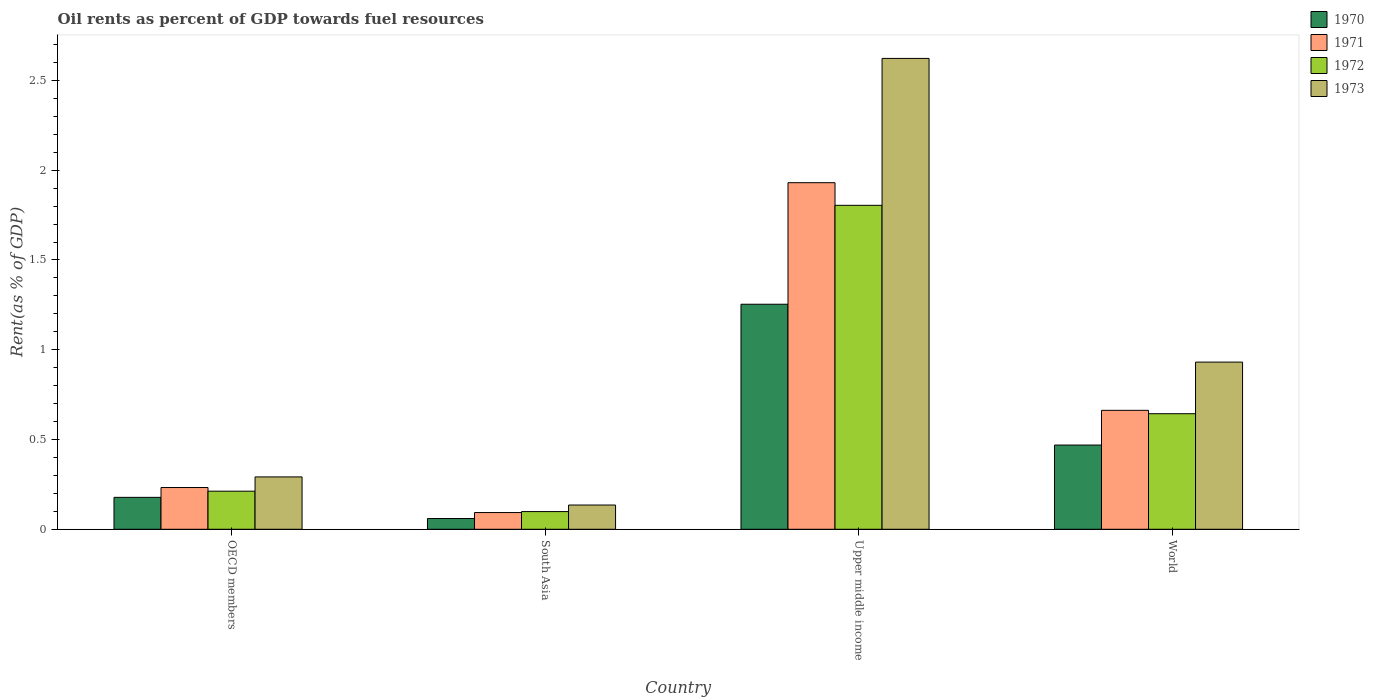
| Country | 1970 | 1971 | 1972 | 1973 |
 | --- | --- | --- | --- | --- |
 | OECD members | 0.178 | 0.233 | 0.212 | 0.292 |
 | South Asia | 0.0599 | 0.0932 | 0.0985 | 0.135 |
 | Upper middle income | 1.25 | 1.93 | 1.8 | 2.62 |
 | World | 0.469 | 0.663 | 0.644 | 0.931 |